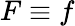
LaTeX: F\equiv f